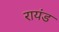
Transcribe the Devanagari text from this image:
रायंड